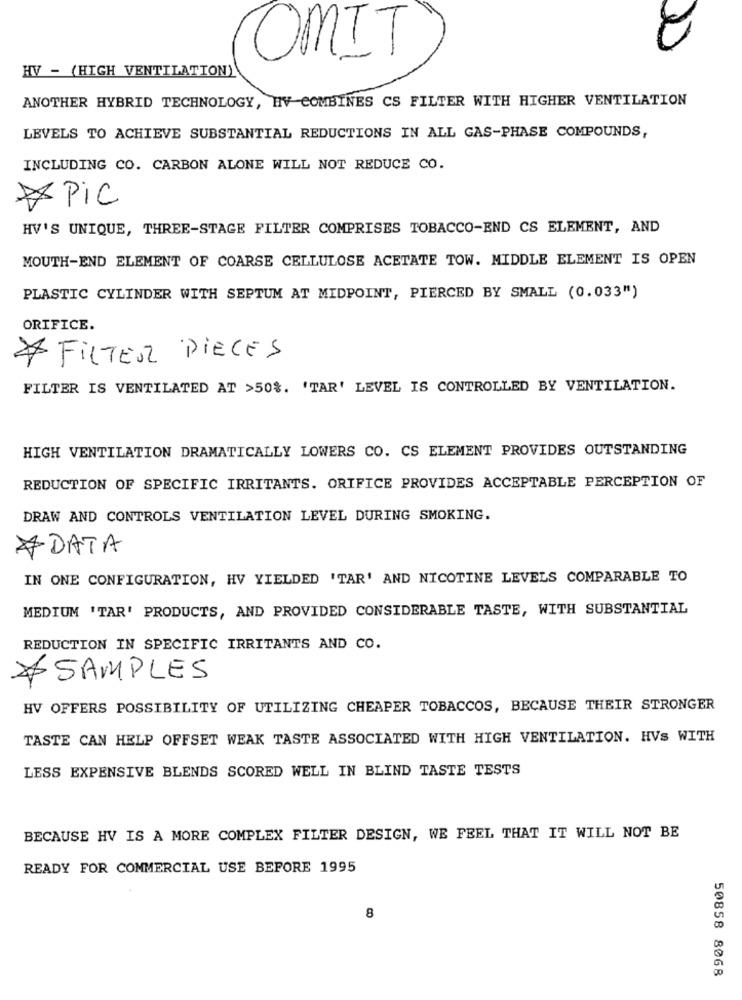
OMIT
HV - (HIGH VENTILATION)
ANOTHER HYBRID TECHNOLOGY, HV COMBINES CS FILTER WITH HIGHER VENTILATION
LEVELS TO ACHIEVE SUBSTANTIAL REDUCTIONS IN ALL GAS-PHASE COMPOUNDS,
INCLUDING CO. CARBON ALONE WILL NOT REDUCE CO.
Pic
HV'S UNIQUE, THREE-STAGE FILTER COMPRISES TOBACCO-END CS ELEMENT, AND
MOUTH-END ELEMENT OF COARSE CELLULOSE ACETATE TOW. MIDDLE ELEMENT IS OPEN
PLASTIC CYLINDER WITH SEPTUM AT MIDPOINT, PIERCED BY SMALL (0.033")
ORIFICE.
* FILTER PIECES
FILTER IS VENTILATED AT >50%. 'TAR' LEVEL IS CONTROLLED BY VENTILATION.
HIGH VENTILATION DRAMATICALLY LOWERS CO. CS ELEMENT PROVIDES OUTSTANDING
REDUCTION OF SPECIFIC IRRITANTS. ORIFICE PROVIDES ACCEPTABLE PERCEPTION OF
DRAW AND CONTROLS VENTILATION LEVEL DURING SMOKING.
ADATA
IN ONE CONFIGURATION, HV YIELDED 'TAR' AND NICOTINE LEVELS COMPARABLE TO
MEDIUM 'TAR' PRODUCTS, AND PROVIDED CONSIDERABLE TASTE, WITH SUBSTANTIAL
REDUCTION IN SPECIFIC IRRITANTS AND CO.
SAMPLES
HV OFFERS POSSIBILITY OF UTILIZING CHEAPER TOBACCOS, BECAUSE THEIR STRONGER
TASTE CAN HELP OFFSET WEAK TASTE ASSOCIATED WITH HIGH VENTILATION. HVS WITH
LESS EXPENSIVE BLENDS SCORED WELL IN BLIND TASTE TESTS
BECAUSE HV IS A MORE COMPLEX FILTER DESIGN, WE FEEL THAT IT WILL NOT BE
READY FOR COMMERCIAL USE BEFORE 1995
8
50858 8068